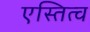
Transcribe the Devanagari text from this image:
एस्तित्व